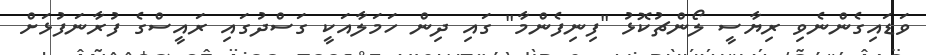
ވަޑައިގެންނެވި ރިޔާސީ ލޯންޗުކޮޅު "ފިނިފެންމާ" ގައި ދިން ހަމަލާއަކީ ގަސްދުގައި ރައީސްގެ ފުރާނަފުޅަށް